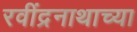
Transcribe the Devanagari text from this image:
रवींद्रनाथाच्या